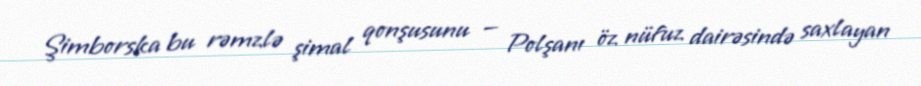
Şimborska bu rəmzlə şimal qonşusunu — Polşanı öz nüfuz dairəsində saxlayan